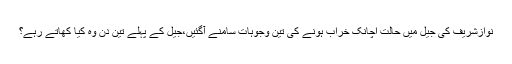
نوازشریف کی جیل میں حالت اچانک خراب ہونے کی تین وجوہات سامنے آگئیں،جیل کے پہلے تین دن وہ کیا کھاتے رہے؟